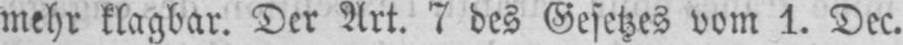
mehr klagbar. Der Art. 7 des Gesetzes vom 1. Dec.